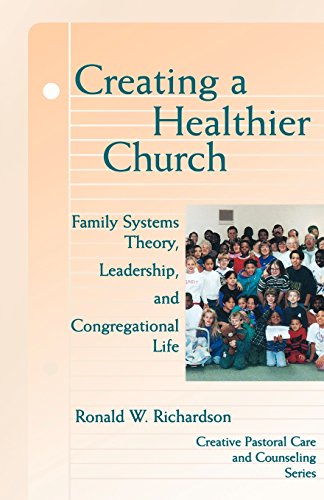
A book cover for Creating a Healthier Church: Family Systems Theory, Leadership and Congregational Life (Creative Pastoral Care and Counseling Series); Ronald W. Richardson; Christian Books & Bibles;